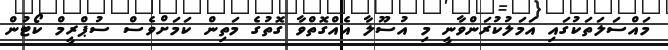
މައްސަލަތަކުގައި އަމަލުކުރަންވާނީ މި އުސޫލާ އެއްގޮތްވާ ގޮތުގެ މަތިން ކަމަށްވެސް ސުޕްރީމް ކޯޓުން